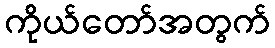
ကိုယ်တော်အတွက်